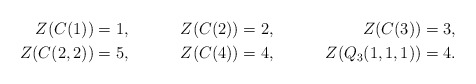
\begin{align*} Z(C(1)) &=1,& Z(C(2))&=2,& Z(C(3))&=3,\\ Z(C(2,2))&=5,& Z(C(4))&=4,& Z(Q_3(1,1,1))&=4. \end{align*}